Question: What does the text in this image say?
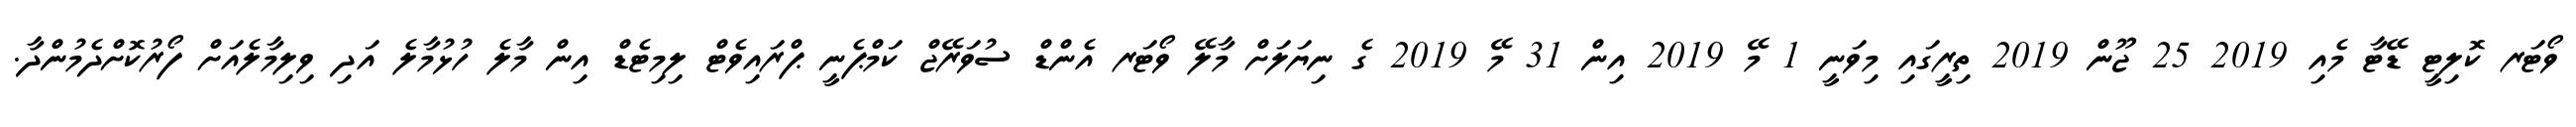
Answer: ވޯޓަރ ކޮލިޓީ ޑޭޓާ މެއި 2019 25 ޖޫން 2019 ތިރީގައި މިވަނީ 1 މޭ 2019 އިން 31 މޭ 2019 ގެ ނިޔަލަށް މާލޭ ވޯޓަރ އެންޑް ސުވަރޭޖް ކަމްޕެނީ ޕްރައިވެޓް ލިމިޓެޑް އިން މާލެ ހުޅުމާލެ އަދި ވިލިމާލެއަށް ފޯރުކޮށްދެމުންދާ.